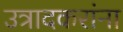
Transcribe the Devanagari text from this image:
उत्रादकरांना